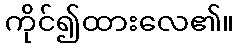
ကိုင်၍ထားလေ၏။